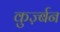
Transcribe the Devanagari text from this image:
कुर्ज़्बन